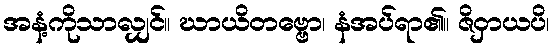
အနံ့ကိုသာလျှင်။ ဃာယိတဗ္ဗော၊ နံအပ်ရာ၏။ ဇိဝှာယပိ၊